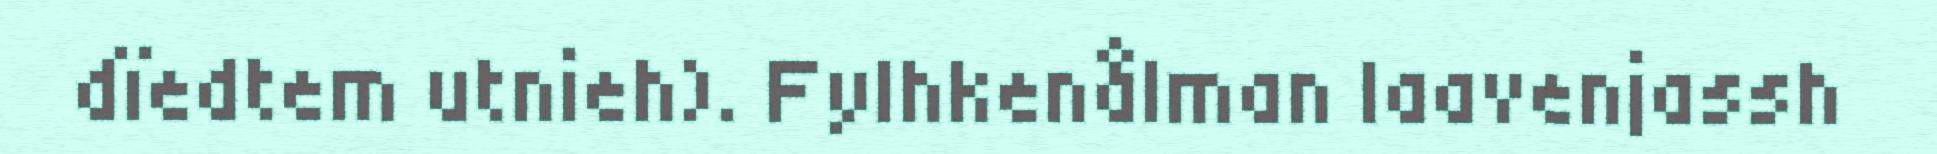
dïedtem utnieh). Fylhkenålman laavenjassh